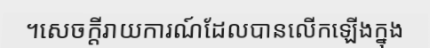
។សេចក្តីរាយការណ៍ដែលបានលើកឡើងក្នុង